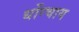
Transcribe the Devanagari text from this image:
धोंग्चाय